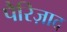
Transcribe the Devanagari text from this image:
पैरिज़ाद